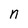
Character: n